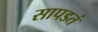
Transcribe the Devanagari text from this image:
सापडतं